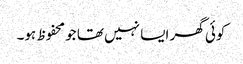
کوئی گھر ایسا نہیں تھا جو محفوظ ہو۔